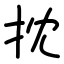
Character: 抌